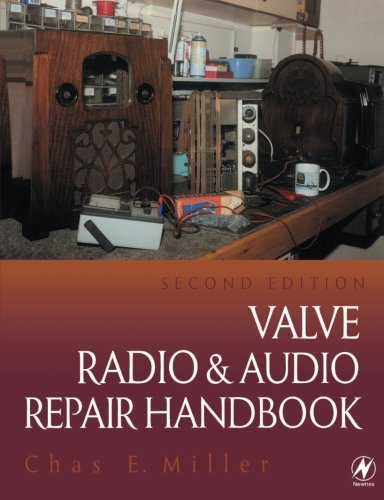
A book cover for Valve Radio and Audio Repair Handbook; CHAS MILLER; Crafts, Hobbies & Home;